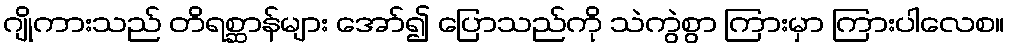
ဂျိုကားသည် တိရစ္ဆာန်များ အော်၍ ပြောသည်ကို သဲကွဲစွာ ကြားမှာ ကြားပါလေစ။